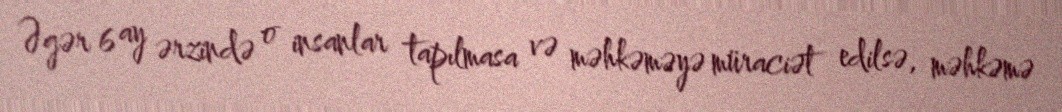
Əgər 6 ay ərzində o insanlar tapılmasa və məhkəməyə müraciət edilsə, məhkəmə